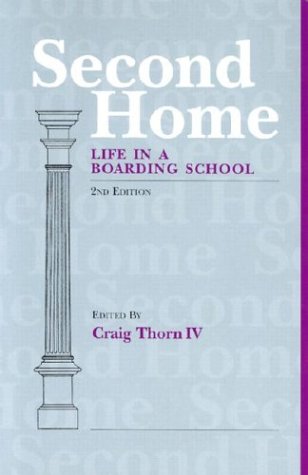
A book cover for Second Home: Life in a Boarding School; Test Preparation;